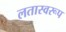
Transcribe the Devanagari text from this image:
लतास्वरूप